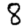
Digit: 8